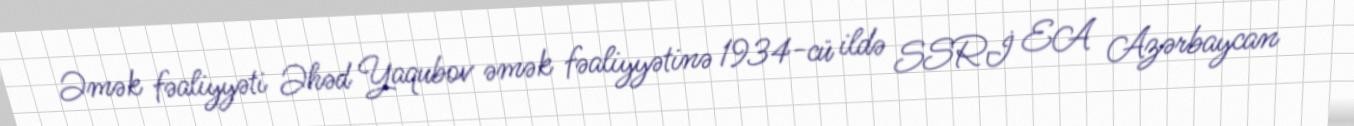
Əmək fəaliyyəti Əhəd Yaqubov əmək fəaliyyətinə 1934-cü ildə SSRİ EA Azərbaycan